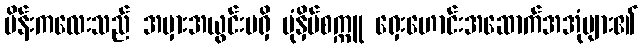
မိန်းကလေးသည် အမှားအယွင်းမရှိ ပုံနှိပ်စက္ကူ ရှေးဟောင်းအဆောက်အအုံများ၏